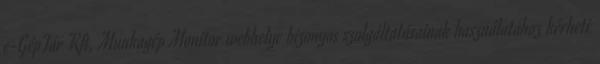
e-GépTár Kft. Munkagép Monitor webhelye bizonyos szolgáltatásainak használatához kérheti